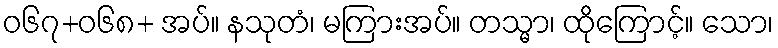
ဝ၆၇+၀၆၈+ အပ်။ နသုတံ၊ မကြားအပ်။ တသ္မာ၊ ထိုကြောင့်။ သော၊